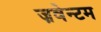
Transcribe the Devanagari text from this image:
ज़वेन्टम